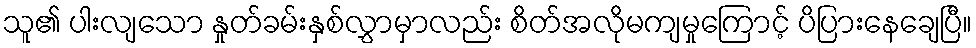
သူ၏ ပါးလျသော နှုတ်ခမ်းနှစ်လွှာမှာလည်း စိတ်အလိုမကျမှုကြောင့် ပိပြားနေချေပြီ။